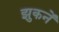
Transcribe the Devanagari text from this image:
झुकनें